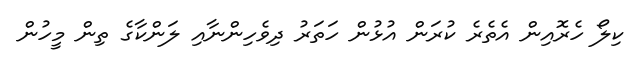
ކިލޯ ހެރޮއިން އެތެރެ ކުރަން އުޅުން ހަތަރު ދިވެހިންނާއި ލަންކާގެ ތިން މީހުން